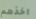
اخذهم